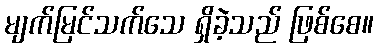
မျက်မြင်သက်သေ ရှိခဲ့သည် ဖြစ်စေ။